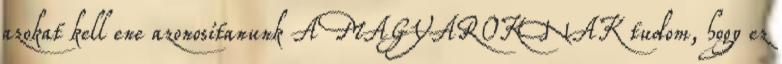
azokat kell ene azonosítanunk A MAGYAROKNAK tudom, hogy ez